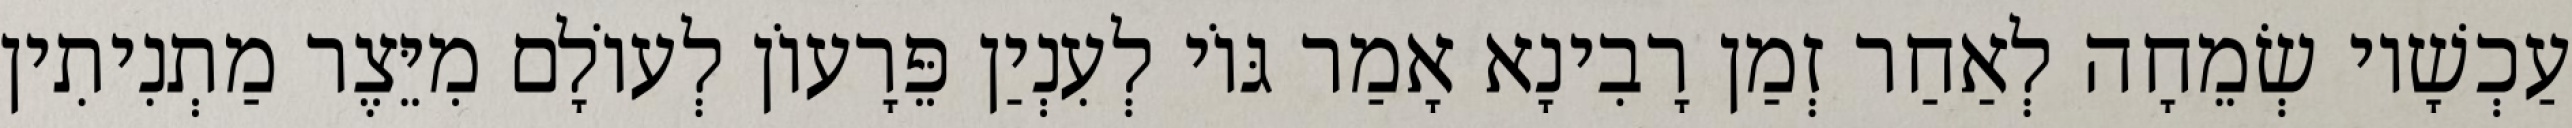
עַכְשָׁיו שְׂמֵחָה לְאַחַר זְמַן רָבִינָא אָמַר גּוֹי לְעִנְיַן פֵּרָעוֹן לְעוֹלָם מִיֵּצֶר מַתְנִיתִין